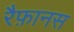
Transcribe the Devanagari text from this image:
रैफ़ानस